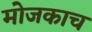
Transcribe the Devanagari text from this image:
मोजकाच